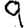
Digit: 9